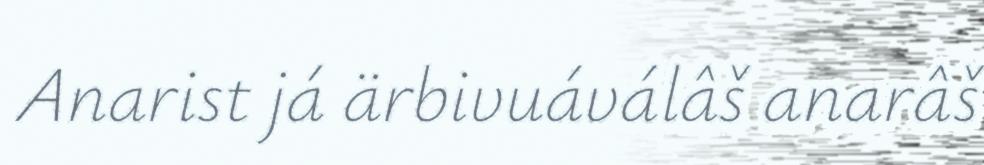
Anarist já ärbivuáválâš anarâš